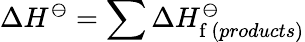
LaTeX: \Delta H^{\ominus}=\sum\Delta H_{\mathrm{f}\, (products)}^{\ominus}